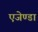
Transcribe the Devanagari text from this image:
एजेण्‍डा